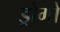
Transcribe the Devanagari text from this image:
ड्रोगो